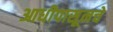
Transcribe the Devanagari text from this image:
आधीपासूनचे